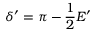
\delta ^ { \prime } = \pi - \frac { 1 } { 2 } E ^ { \prime }